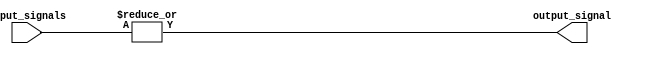
module OR_gate_64 (
    input [63:0] input_signals,
    output output_signal
);

assign output_signal = |input_signals;

endmodule